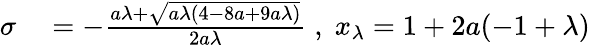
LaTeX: \begin{array}{rl}{\sigma}&{{}=-\frac{a\lambda+\sqrt{a\lambda(4-8a+9a\lambda)}}{2a\lambda}\; ,\; x_{\lambda}=1+2a(-1+\lambda)}\end{array}